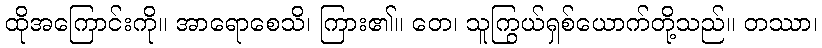
ထိုအကြောင်းကို။ အာရောစေသိ၊ ကြား၏။ တေ၊ သူကြွယ်ရှစ်ယောက်တို့သည်။ တဿာ၊